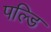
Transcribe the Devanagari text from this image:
पल्डि